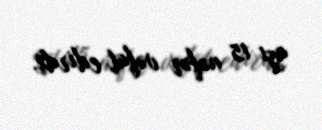
azı 15 nəfər vəfat edirdi.